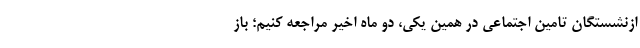
ازنشستگان تامین اجتماعی در همین یکی، دو ماه اخیر مراجعه کنیم؛ باز